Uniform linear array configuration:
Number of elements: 32
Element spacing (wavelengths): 0.5
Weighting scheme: binomial
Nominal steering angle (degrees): -30
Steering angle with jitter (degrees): -31.454
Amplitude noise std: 0.05
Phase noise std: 0.05

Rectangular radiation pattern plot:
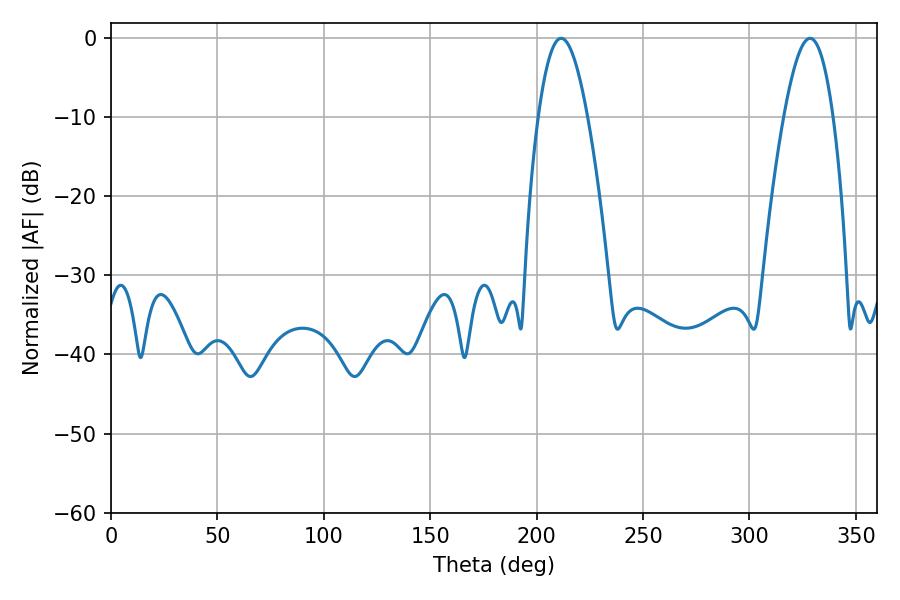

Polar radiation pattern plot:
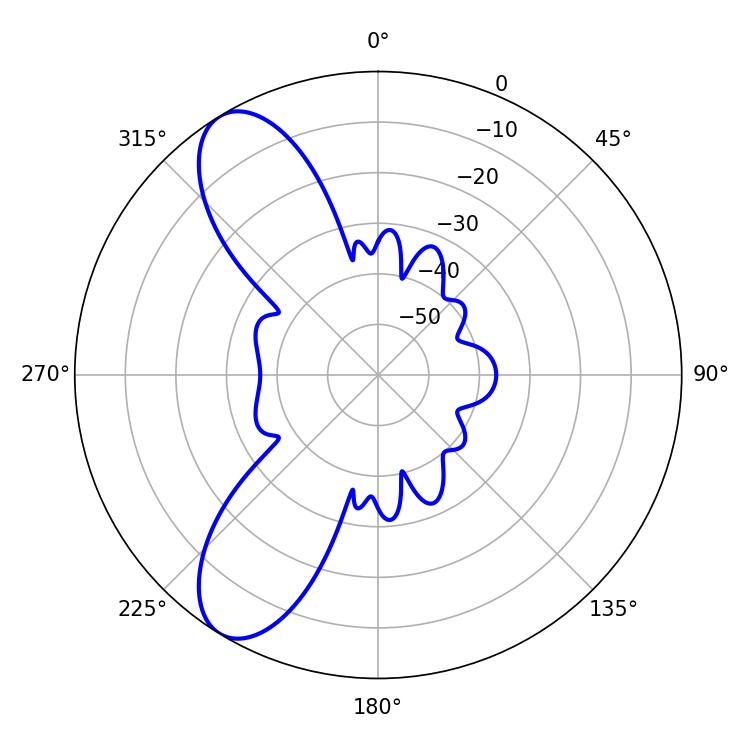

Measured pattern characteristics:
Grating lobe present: FALSE
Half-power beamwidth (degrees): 12.42
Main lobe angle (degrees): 211.5